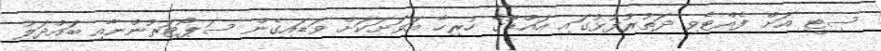
ސިޓީ އަށް ފެއްޓެވި ދަތުރުފުޅުގައި އައްޑޫގެ ހުރިހާ އަވަށަކަށް ވަޑައިގެން ސަޕޯޓަރުންނާއި ބައްދަލު